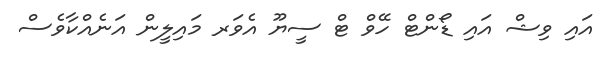
އައި ވިޝް އައި ޑޯންޓް ހޭވް ޓް ސީޔޫ އެވަރ މައިލީން އަނެއްކާވެސް